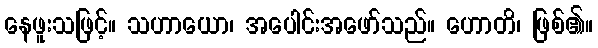
နေဖူးသဖြင့်။ သဟာယော၊ အပေါင်းအဖော်သည်။ ဟောတိ၊ ဖြစ်၏။